Vaccination in the Punjab 1883-1896 - 1883-1896
Year: 1883
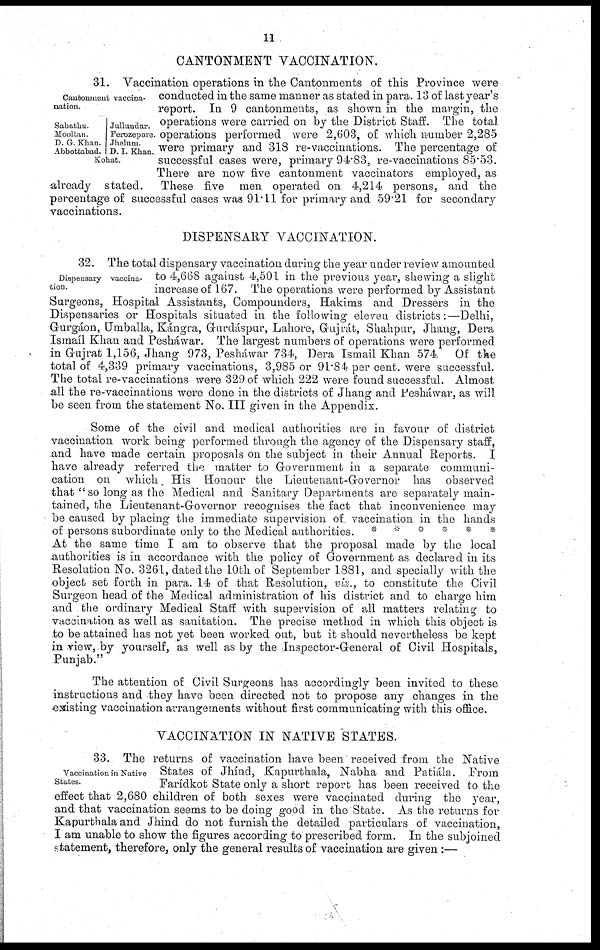
11
CANTONMENT VACCINATION.
Cantonment vaccina¬
nation.
Sabathu.
Mooltan.
D. G. Khan.
Abbottabad.
Jullundur.
Ferozepore.
Jhelum.
D. I. Khan.
Kohat.
31. Vaccination operations in the Cantonments of this Province were
conducted in the same manner as stated in para. 13 of last year's
report. In 9 cantonments, as shown in the margin, the
operations were carried on by the District Staff. The total
operations performed were 2,603, of which number 2,285
were primary and 318 re-vaccinations. The percentage of
successful cases were, primary 94.83, re-vaccinations 85.53.
There are now five cantonment vaccinators employed, as
already stated.
These five men operated on 4,214 persons, and the
percentage of successful cases was 91.11 for primary and 59.21 for secondary
vaccinations.
DISPENSARY VACCINATION.
Dispensary vaccina-
tion.
32. The total dispensary vaccination during the year under review amounted
to 4,668 against 4,501 in the previous year, showing a slight
increase of 167. The operations were performed by Assistant
Surgeons, Hospital Assistants, Compounders, Hakims and Dressers in the
Dispensaries or Hospitals situated in the following eleven districts:—Delhi,
Gurgáon, Umballa, Kángra, Gurdáspur, Lahore, Gujrát, Shahpur, Jhang, Dera
Ismail Khan and Pesháwar. The largest numbers of operations were performed
in Gujrat 1,156, Jhang 973, Pesháwar 734, Dera Ismail Khan 574. Of the
total of 4,339 primary vaccinations, 3,985 or 91.84 per cent. were successful.
The total re-vaccinations were 329 of which 222 were found successful. Almost
all the re-vaccinations were done in the districts of Jhang and Pesháwar, as will
be seen from the statement No. III given in the Appendix.
Some of the civil and medical authorities are in favour of district
vaccination work being performed through the agency of the Dispensary staff,
and have made certain proposals on the subject in their Annual Reports. I
have already referred the matter to Government in a separate communi-
cation on which. His Honour the Lieutenant-Governor has observed
that "so long as the Medical and Sanitary Departments are separately main-
tained, the Lieutenant-Grovernor recognises the fact that inconvenience may
be caused by placing the immediate supervision of. vaccination in the hands
of persons subordinate only to the Medical authorities.
* *
*
*
*
*
At the same time I am to observe that the proposal made by the local
authorities is in accordance with the policy of Government as declared in its
Resolution No. 3261, dated the 10th of September 1881, and specially with the
object set forth in para. 14 of that Resolution, viz., to constitute the Civil
Surgeon head of the Medical administration of his district and to charge him
and the ordinary Medical Staff with supervision of all matters relating* to
vaccination as well as sanitation. The precise method in which this object is
to be attained has not yet been worked out, but it should nevertheless be kept
in view, by yourself, as well as by the Inspector-General of Civil Hospitals,
Punjab."
The attention of Civil Surgeons has accordingly been invited to these
instructions and they have been directed not to propose any changes in the
existing vaccination arrangements without first communicating with this office.
VACCINATION IN NATIVE STATES.
Vaccination in Native
States.
33. The returns of vaccination have been received from the Native
States of Jhind, Kapurthala, Nabha and Patiála. From
Farídkot State only a short report has been received to the
effect that 2,680 children of both sexes were vaccinated during the year,
and that vaccination seems to be doing good in the State. As the returns for
Kapurthala and Jhind do not furnish the detailed particulars of vaccination,
I am unable to show the figures according to prescribed form. In the subjoined
statement, therefore, only the general results of vaccination are given :—